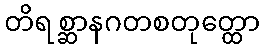
တိရစ္ဆာနဂတစတုတ္ထော